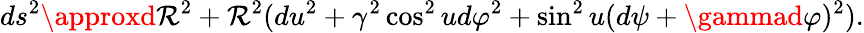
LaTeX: ds^{2}\approxd\mathcal{R}^{2}+\mathcal{R}^{2}(du^{2}+\gamma^{2}\cos^{2}ud\varphi^{2}+\sin^{2}u(d\psi+\gammad\varphi)^{2}).